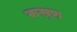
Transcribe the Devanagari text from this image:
कस्र्ण